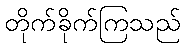
တိုက်ခိုက်ကြသည်